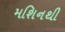
મશિનથી